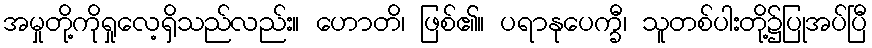
အမှုတို့ကိုရှုလေ့ရှိသည်လည်း။ ဟောတိ၊ ဖြစ်၏။ ပရာနုပေက္ခီ၊ သူတစ်ပါးတို့၌ပြုအပ်ပြီ